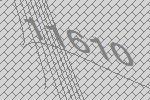
11610